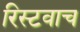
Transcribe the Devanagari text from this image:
रिस्टवाच